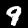
Digit: 9